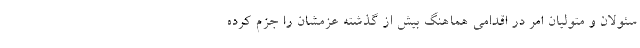
سئولان و متولیان امر در اقدامی هماهنگ بیش از گذشته عزمشان را جزم کرده